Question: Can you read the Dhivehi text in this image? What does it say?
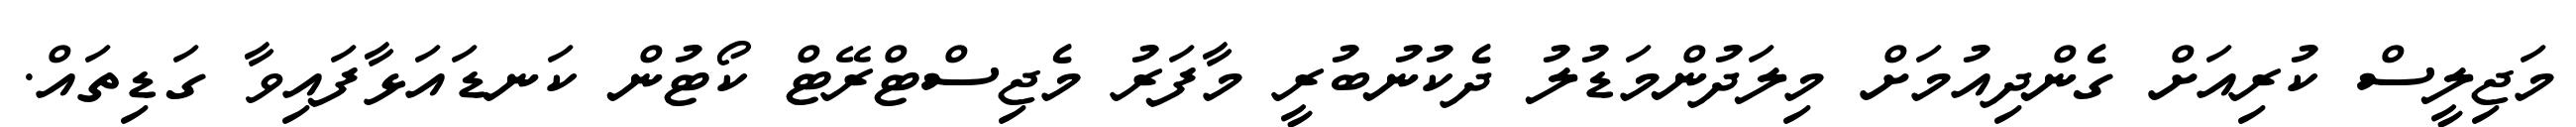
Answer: މަޖިލީސް ކުރިއަށް ގެންދިއުމަށް މިލަދުންމަޑުލު ދެކުނުބުރީ މާފަރު މެޖިސްޓްރޭޓް ކޯޓުން ކަނޑައަޅާފައިވާ ގަޑިތައް.